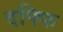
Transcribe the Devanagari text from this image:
दफ्फि